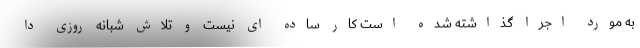
به مورد اجرا گذاشته شده است کار ساده ای نیست و تلاش شبانه روزی دا